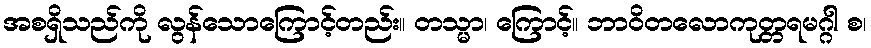
အစရှိသည်ကို လွန်သောကြောင့်တည်း။ တသ္မာ၊ ကြောင့်။ ဘာဝိတလောကုတ္တရမဂ္ဂါ စ၊